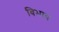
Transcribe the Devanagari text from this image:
विभाष